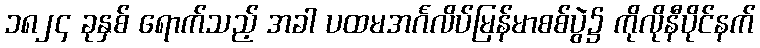
၁၈၂၄ ခုနှစ် ရောက်သည့် အခါ ပထမအင်္ဂလိပ်မြန်မာစစ်ပွဲ၌ ကိုလိုနီပိုင်နက်